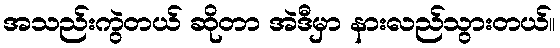
အသည်းကွဲတယ် ဆိုတာ အဲဒီမှာ နားလည်သွားတယ်။